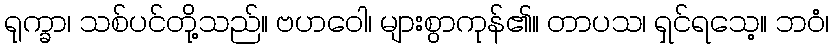
ရုက္ခာ၊ သစ်ပင်တို့သည်။ ဗဟဝေါ၊ များစွာကုန်၏။ တာပသ၊ ရှင်ရသေ့။ ဘဝံ၊